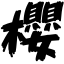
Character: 櫻